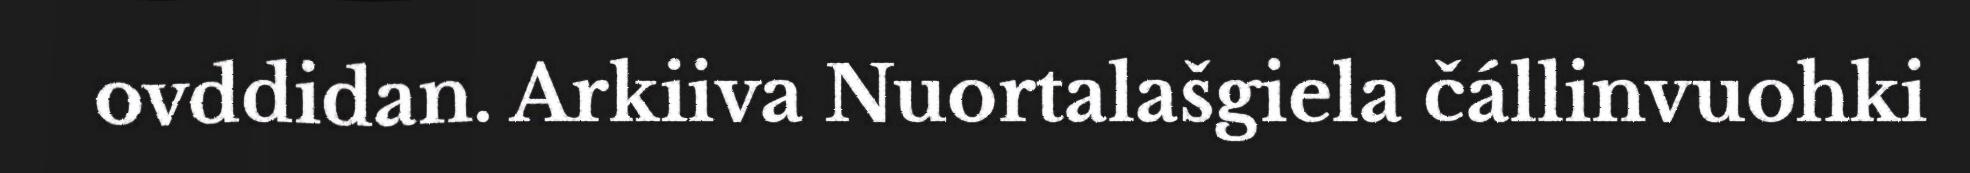
ovddidan. Arkiiva Nuortalašgiela čállinvuohki